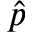
\hat { p }